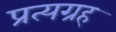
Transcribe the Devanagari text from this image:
प्रत्यग्रह